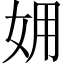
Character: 𡛾